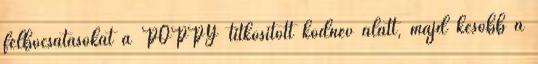
felbocsátásokat a POPPY titkosított kódnév alatt, majd később a